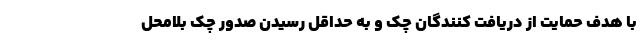
با هدف حمایت از دریافت کنندگان چک و به حداقل رسیدن صدور چک بلامحل